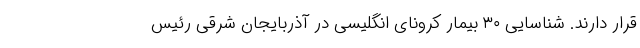
قرار دارند. شناسایی ۳۰ بیمار کرونای انگلیسی در آذربایجان شرقی رئیس